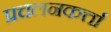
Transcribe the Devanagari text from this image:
प्रचलनकर्त्ता